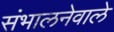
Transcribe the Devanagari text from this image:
संभालनेवाले